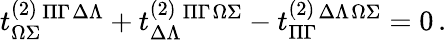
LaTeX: t_{\Omega\Sigma}^{(2)}{}^{\Pi\Gamma}{}^{\Delta\Lambda}+t_{\Delta\Lambda}^{(2)}{}^{\Pi\Gamma}{}^{\Omega\Sigma}-t_{\Pi\Gamma}^{(2)}{}^{\Delta\Lambda}{}^{\Omega\Sigma}=0\, .